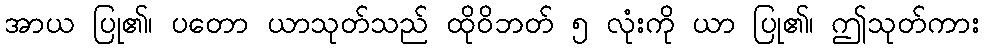
အာယ ပြု၏၊ ပတော ယာသုတ်သည် ထိုဝိဘတ် ၅ လုံးကို ယာ ပြု၏၊ ဤသုတ်ကား